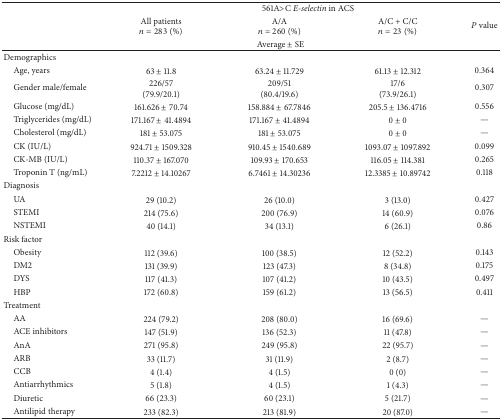
<table><thead><tr><td rowspan="2"><b> </b></td><td colspan="4"><b>561A&gt;C <i>E-selectin</i> in ACS</b></td></tr><tr><td><b>All patients<i>n</i> = 283 (%)</b></td><td><b>A/A<i>n</i> = 260 (%)</b></td><td><b>A/C + C/C<i>n</i> = 23 (%)</b></td><td><b><i>P</i> value</b></td></tr><tr><td><b> </b></td><td colspan="3"><b>Average ± SE</b></td><td><b> </b></td></tr></thead><tbody><tr><td>Demographics</td><td> </td><td> </td><td> </td><td> </td></tr><tr><td> Age, years</td><td>63 ± 11.8</td><td>63.24 ± 11.729</td><td>61.13 ± 12.312</td><td>0.364</td></tr><tr><td> Gender male/female</td><td>226/57(79.9/20.1)</td><td>209/51(80.4/19.6)</td><td>17/6(73.9/26.1)</td><td>0.307</td></tr><tr><td> Glucose (mg/dL)</td><td>161.626 ± 70.74</td><td>158.884 ± 67.7846</td><td>205.5 ± 136.4716</td><td>0.556</td></tr><tr><td> Triglycerides (mg/dL)</td><td>171.167 ± 41.4894</td><td>171.167 ± 41.4894</td><td>0 ± 0</td><td>—</td></tr><tr><td> Cholesterol (mg/dL)</td><td>181 ± 53.075</td><td>181 ± 53.075</td><td>0 ± 0</td><td>—</td></tr><tr><td> CK (IU/L)</td><td>924.71 ± 1509.328</td><td>910.45 ± 1540.689</td><td>1093.07 ± 1097.892</td><td>0.099</td></tr><tr><td> CK-MB (IU/L)</td><td>110.37 ± 167.070</td><td>109.93 ± 170.653</td><td>116.05 ± 114.381</td><td>0.265</td></tr><tr><td> Troponin T (ng/mL)</td><td>7.2212 ± 14.10267</td><td>6.7461 ± 14.30236</td><td>12.3385 ± 10.89742</td><td>0.118</td></tr><tr><td>Diagnosis</td><td> </td><td> </td><td> </td><td> </td></tr><tr><td> UA</td><td>29 (10.2)</td><td>26 (10.0)</td><td>3 (13.0)</td><td>0.427</td></tr><tr><td> STEMI</td><td>214 (75.6)</td><td>200 (76.9)</td><td>14 (60.9)</td><td>0.076</td></tr><tr><td> NSTEMI</td><td>40 (14.1)</td><td>34 (13.1)</td><td>6 (26.1)</td><td>0.86</td></tr><tr><td>Risk factor</td><td> </td><td> </td><td> </td><td> </td></tr><tr><td> Obesity</td><td>112 (39.6)</td><td>100 (38.5)</td><td>12 (52.2)</td><td>0.143</td></tr><tr><td> DM2</td><td>131 (39.9)</td><td>123 (47.3)</td><td>8 (34.8)</td><td>0.175</td></tr><tr><td> DYS</td><td>117 (41.3)</td><td>107 (41.2)</td><td>10 (43.5)</td><td>0.497</td></tr><tr><td> HBP</td><td>172 (60.8)</td><td>159 (61.2)</td><td>13 (56.5)</td><td>0.411</td></tr><tr><td>Treatment</td><td> </td><td> </td><td> </td><td> </td></tr><tr><td> AA</td><td>224 (79.2)</td><td>208 (80.0)</td><td>16 (69.6)</td><td>—</td></tr><tr><td> ACE inhibitors</td><td>147 (51.9)</td><td>136 (52.3)</td><td>11 (47.8)</td><td>—</td></tr><tr><td> AnA</td><td>271 (95.8)</td><td>249 (95.8)</td><td>22 (95.7)</td><td>—</td></tr><tr><td> ARB</td><td>33 (11.7)</td><td>31 (11.9)</td><td>2 (8.7)</td><td>—</td></tr><tr><td> CCB</td><td>4 (1.4)</td><td>4 (1.5)</td><td>0 (0)</td><td>—</td></tr><tr><td> Antiarrhythmics</td><td>5 (1.8)</td><td>4 (1.5)</td><td>1 (4.3)</td><td>—</td></tr><tr><td> Diuretic</td><td>66 (23.3)</td><td>60 (23.1)</td><td>5 (21.7)</td><td>—</td></tr><tr><td> Antilipid therapy</td><td>233 (82.3)</td><td>213 (81.9)</td><td>20 (87.0)</td><td>—</td></tr></tbody></table>